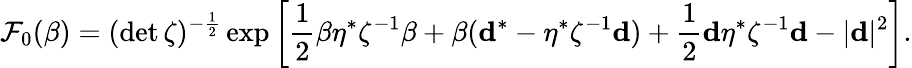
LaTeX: {\cal F}_{0}(\beta)=(\operatorname*{det}\zeta)^{-\frac 12}\exp\left[\frac 12\beta\eta^{*}\zeta^{-1}\beta+\beta({\mathbf d}^{*}-\eta^{*}\zeta^{-1}{\mathbf d})+\frac 12{\mathbf d}\eta^{*}\zeta^{-1}{\mathbf d}-|{\mathbf d}|^{2}\right].